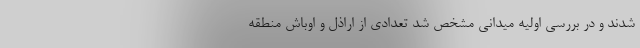
شدند و در بررسی اولیه میدانی مشخص شد تعدادی از اراذل و اوباش منطقه